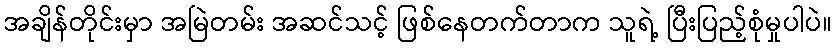
အချိန်တိုင်းမှာ အမြဲတမ်း အဆင်သင့် ဖြစ်နေတက်တာက သူရဲ့ ပြီးပြည့်စုံမှုပါပဲ။